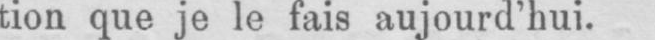
tion que je le fais aujourd’hui.